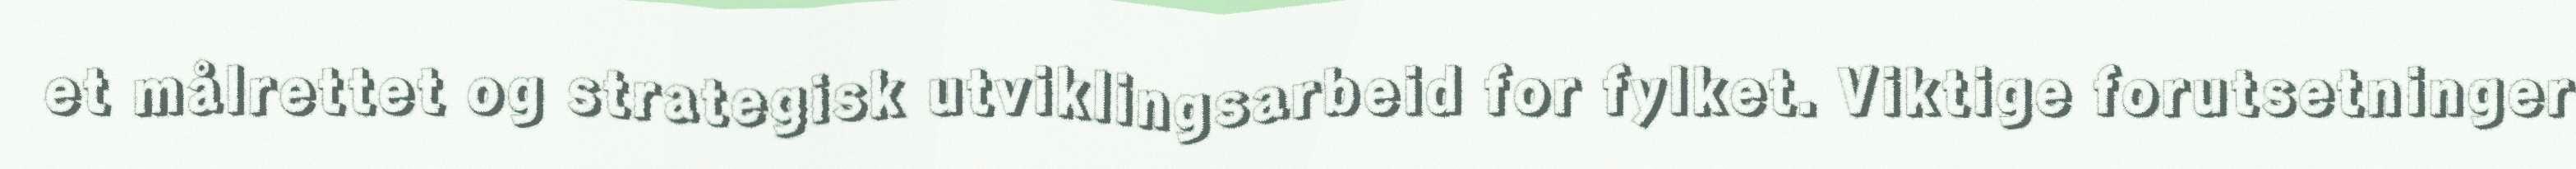
et målrettet og strategisk utviklingsarbeid for fylket. Viktige forutsetninger